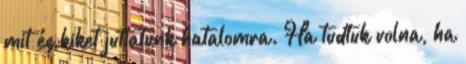
mit és kiket juttatunk hatalomra. Ha tudtuk volna, ha